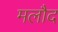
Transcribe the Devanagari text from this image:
मलौद